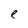
Character: e